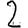
Digit: 2